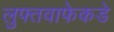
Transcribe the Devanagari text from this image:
लुफ्तवाफेकडे